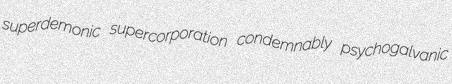
superdemonic supercorporation condemnably psychogalvanic